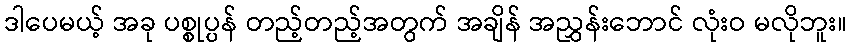
ဒါပေမယ့် အခု ပစ္စုပ္ပန် တည့်တည့်အတွက် အချိန် အညွှန်းဘောင် လုံးဝ မလိုဘူး။